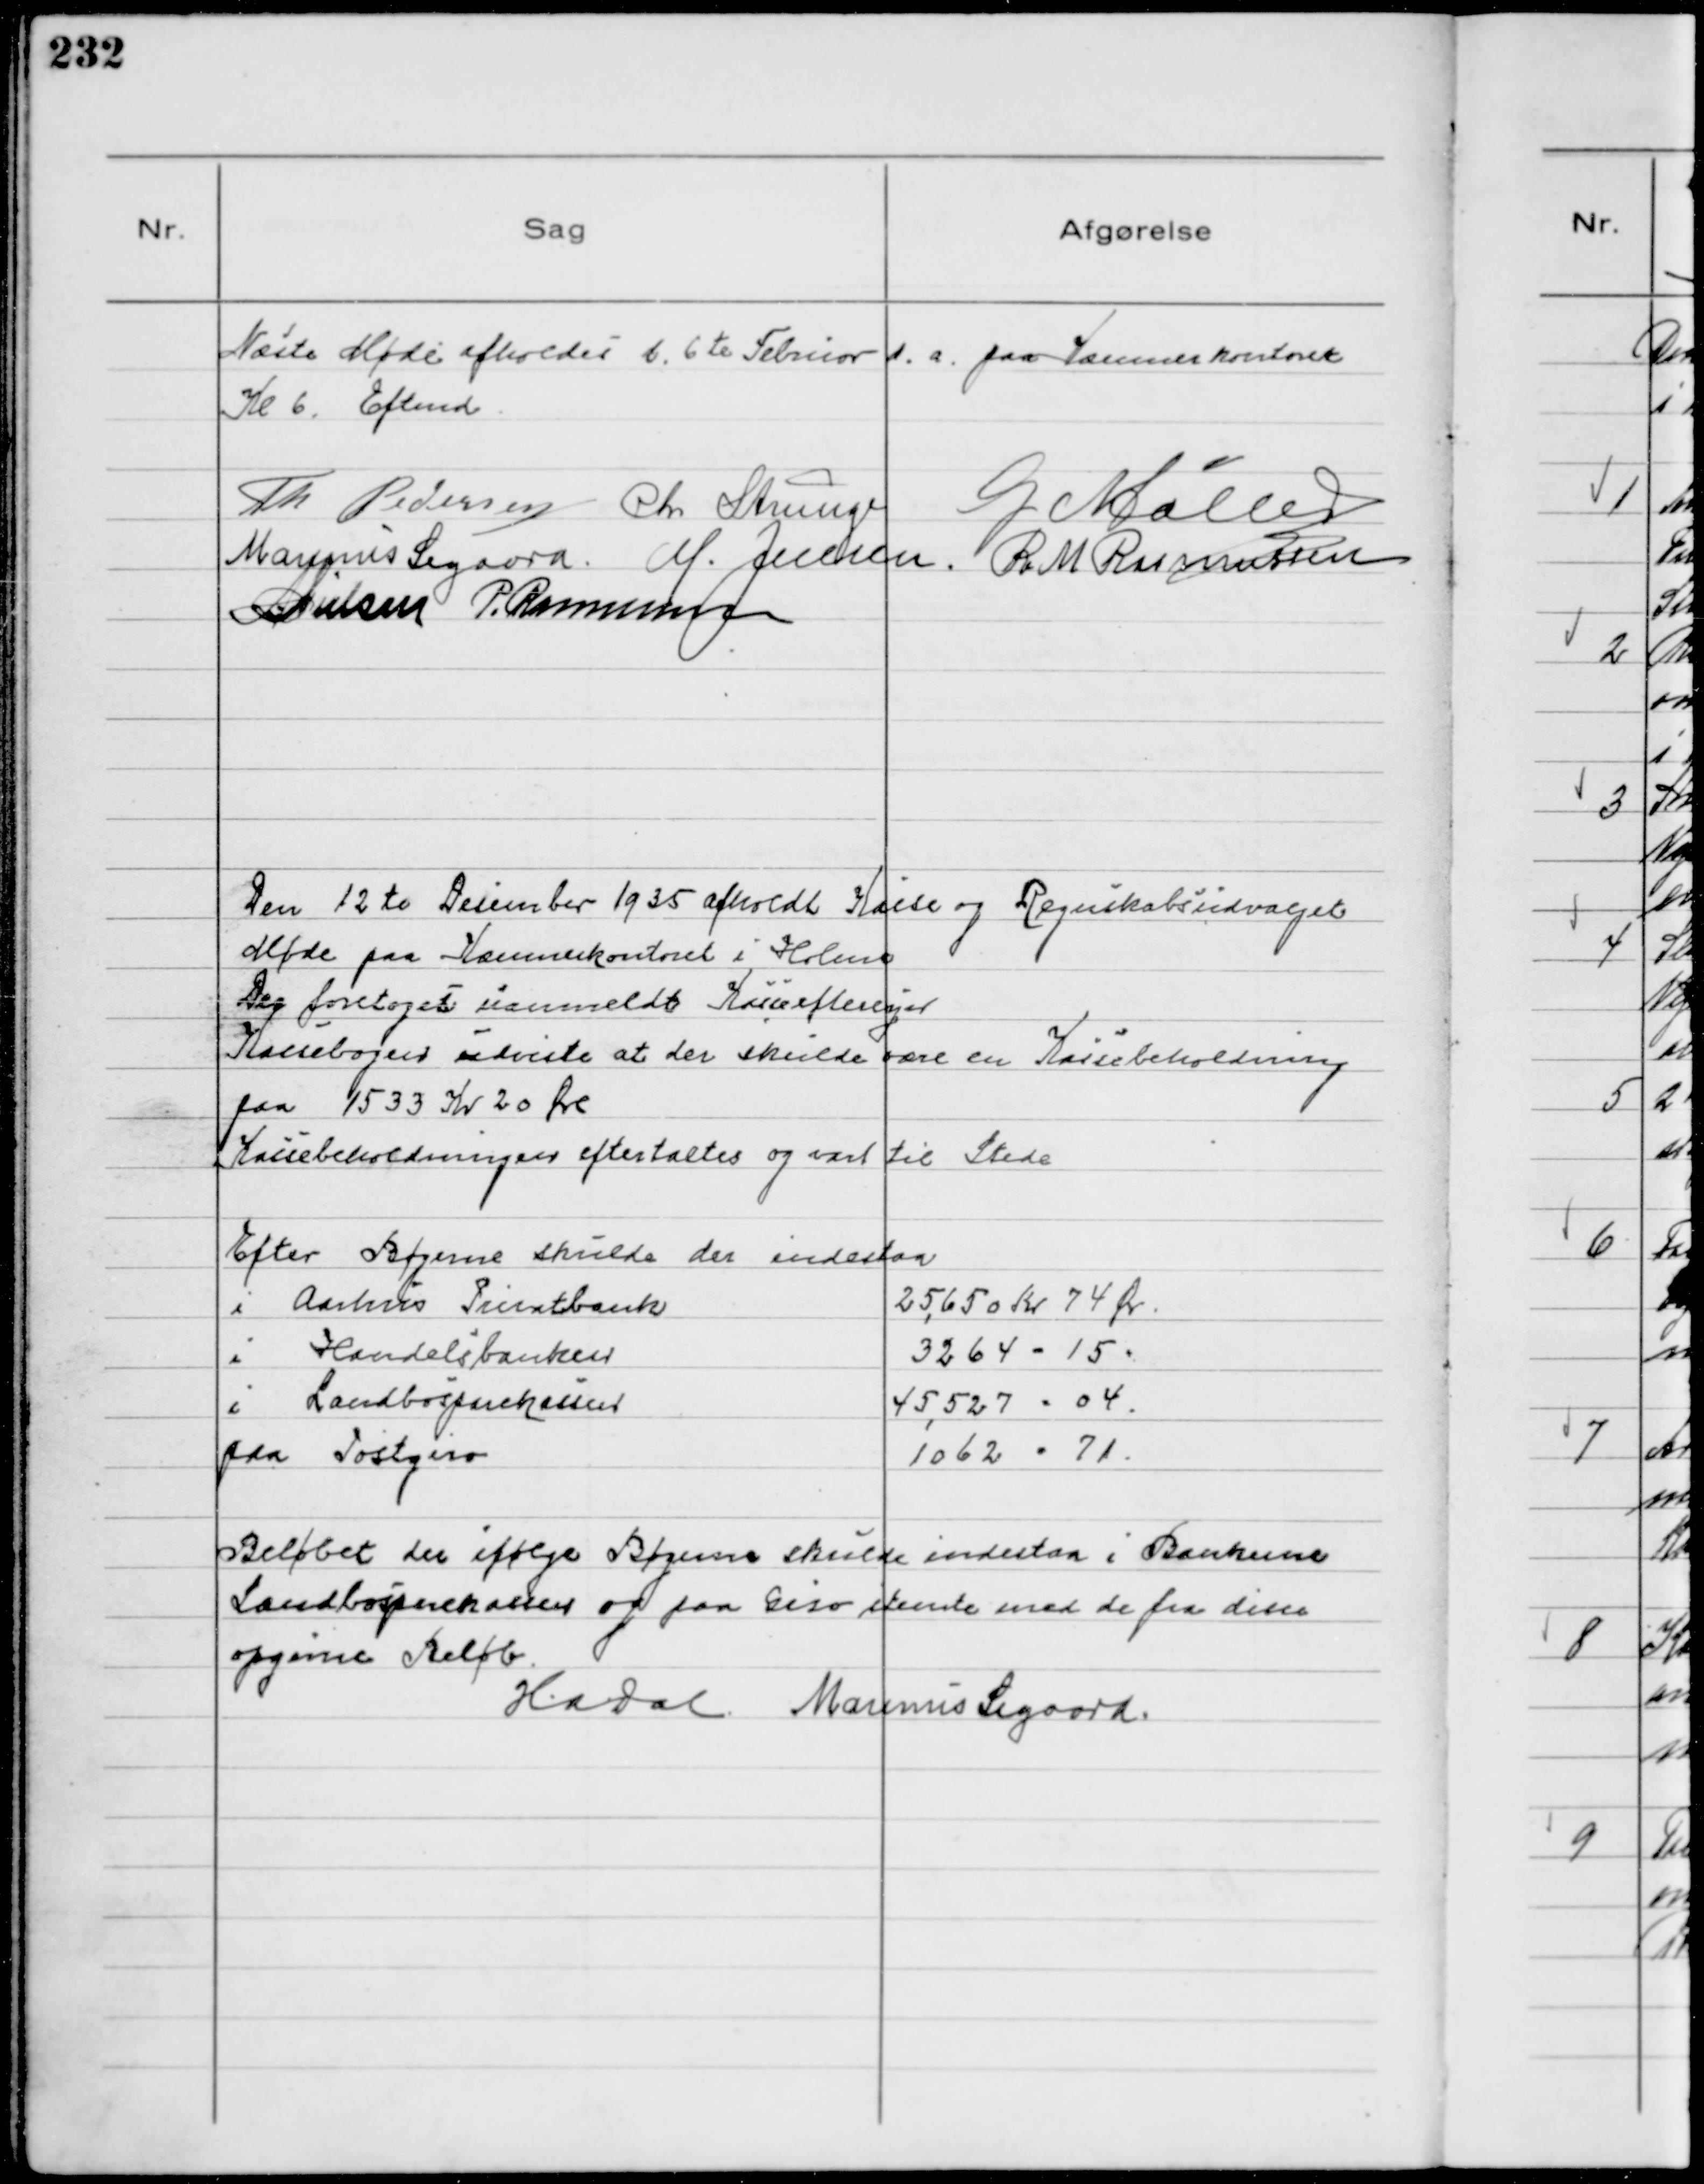
Transskription:
Næste Møde afholdes d. 6te Februar d.a. paa Kæmnerkontoret
Kl 6. Eftmd
Th Pedersen Chr Strunge G Møller
Magnus Sigaard. M. Jensen. R M Rasmussen
NNielsen P. Rasmussen

Den 12te December 1935 afholdt Kasse og Regnskabsudvalget
Møde paa Kæmnerkontoret i Holme
Der foretoges uanmeldt Kasseeftersyn
Kassebogen udviste at der skulde være en Kassebeholdning
paa 1533 Kr 20 Øre
Kassebeholdningen eftertaltes og var til Stede
Efter Bøgerne skulde der indestaa
i Aarhus Privatbank 2565 Kr 74 Øre
i Handelsbanken 3264 -15 "
i Landbosparekassen 45.527 - 04 
paa Postgiro 1062 - 71 
Beløbet der ifølge Bøgerne skulde indestaa i Bankerne
Landbosparekassen og paa Giro stemte med de fra disse
opgivne Beløb.
HaDal Marinus Sigaard